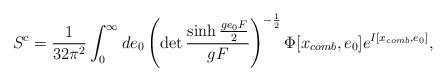
LaTeX: \begin{align*}S^{c}=\frac{1}{32\pi^{2}}\int_{0}^{\infty}de_{0}\left(\det\frac{\sinh\frac{ge_{0}F}{2}}{gF}\right)^{-\frac{1}{2}}\Phi[x_{comb},e_{0}]e^{I[x_{comb},e_{0}]},\end{align*}